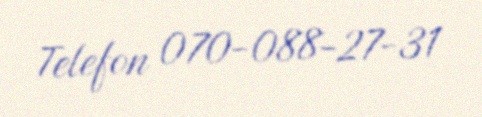
Telefon 070-088-27-31